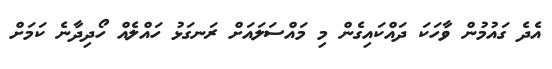
އެދެ ގައުމުން ވާހަކަ ދައްކައިގެން މި މައްސަލައަށް ރަނގަޅު ހައްލެއް ހޯދިދާނެ ކަމަށް